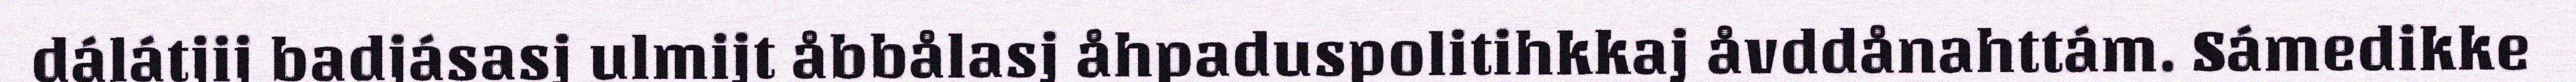
dálátjij badjásasj ulmijt åbbålasj åhpaduspolitihkkaj åvddånahttám. Sámedikke